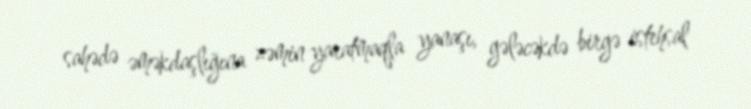
sahədə əməkdaşlığına zəmin yaratmaqla yanaşı, gələcəkdə birgə istehsal